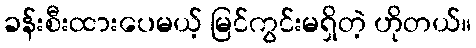
ခန်းစီးထားပေမယ့် မြင်ကွင်းမရှိတဲ့ ဟိုတယ်။